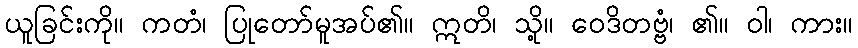
ယူခြင်းကို။ ကတံ၊ ပြုတော်မူအပ်၏။ ဣတိ၊ သို့။ ဝေဒိတဗ္ဗံ၊ ၏။ ဝါ၊ ကား။